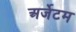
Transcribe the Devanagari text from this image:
अर्जेटम